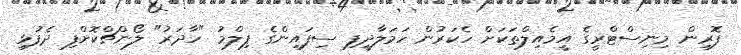
ފޮރިން މިނިސްޓްރީގެ އީމެއިލްތަކަށް ހެކަރުން ހަމަލާދީފި ސިފައިންގެ ފިލްމު "ހާދަރު" ލޯންޗްކޮށްފި ދެފުޅި